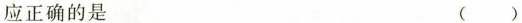
应正确的是 ()